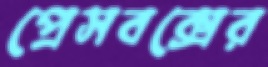
প্রেসবক্সের